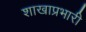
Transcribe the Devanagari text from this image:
शाखाप्रभारी